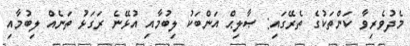
މެދުވެރިވާ ކަންތަކުގެ ތެރޭގައި: ޞާލިޙް އަންބަކު ލިބުމާއި އުޅޭނެ ރަގަޅު ތަނެއް ލިބުމާއި